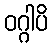
ဝဂ္ဂါပိ